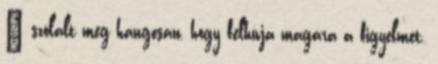
– szólalt meg hangosan, hogy felhívja magára a figyelmet.